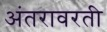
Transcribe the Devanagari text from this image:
अंतरावरती